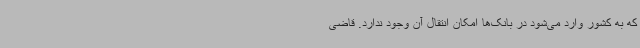
که به کشور وارد می‌شود در بانک‌ها امکان انتقال آن وجود ندارد. قاضی